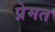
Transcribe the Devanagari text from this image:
प्रेमत